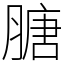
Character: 膅